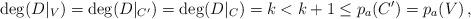
LaTeX: \begin{align*}\deg(D|_V)=\deg(D|_{C'})=\deg(D|_C)=k<k+1\leq p_a(C')=p_a(V)\, ,\end{align*}